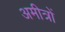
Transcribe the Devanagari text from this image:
अमीत्रों